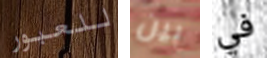
للعبور بين في